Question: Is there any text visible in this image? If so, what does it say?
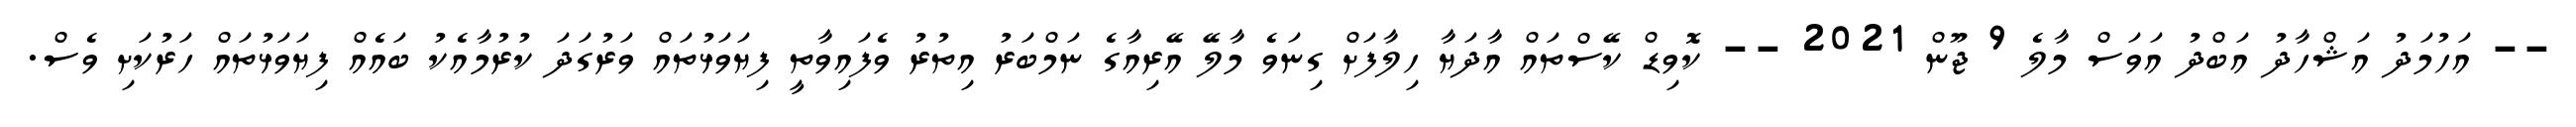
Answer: -- އަހުމަދު އަޝްހާދު އަބްދު އަވަސް މާލެ 9 ޖޫން 2021 -- ކޮވިޑް ކޭސްތައް އާދަޔާ ހިލާފަށް ގިނަވެ މާލޭ އޭރިއާގެ ނަމްބަރު އިތުރު ވެފައިވާތީ ފިޔަވަޅުތައް ވަރުގަދަ ކުރުމާއެކު ބައެއް ފިޔަވަޅުތައް ހަރުކަށި ވެސް.